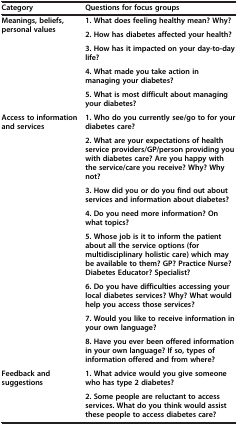
| Category | Questions for focus groups |
 | --- | --- |
 | <ROWSPAN=5> Meanings, beliefs, personal values | 1. What does feeling healthy mean? Why? |
 | 2. How has diabetes affected your health? |
 | 3. How has it impacted on your day-to-day life? |
 | 4. What made you take action in managing your diabetes? |
 | 5. What is most difficult about managing your diabetes? |
 | <ROWSPAN=8> Access to information and services | 1. Who do you currently see/go to for your diabetes care? |
 | 2. What are your expectations of health service providers/GP/person providing you with diabetes care? Are you happy with the service/care you receive? Why? Why not? |
 | 3. How did you or do you find out about services and information about diabetes? |
 | 4. Do you need more information? On what topics? |
 | 5. Whose job is it to inform the patient about all the service options (for multidisciplinary holistic care) which may be available to them? GP? Practice Nurse? Diabetes Educator? Specialist? |
 | 6. Do you have difficulties accessing your local diabetes services? Why? What would help you access those services? |
 | 7. Would you like to receive information in your own language? |
 | 8. Have you ever been offered information in your own language? If so, types of information offered and from where? |
 | <ROWSPAN=2> Feedback and suggestions | 1. What advice would you give someone who has type 2 diabetes? |
 | 2. Some people are reluctant to access services. What do you think would assist these people to access diabetes care? |